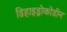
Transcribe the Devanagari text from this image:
डिहाइड्रोकोडीन